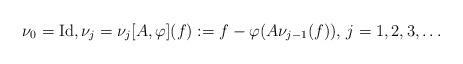
LaTeX: \begin{align*}\nu_0 = {\rm Id}, \nu_{j} = \nu_{j}[A,\varphi](f) := f - \varphi(A \nu_{j-1}(f)), \, j=1,2,3,\ldots\end{align*}